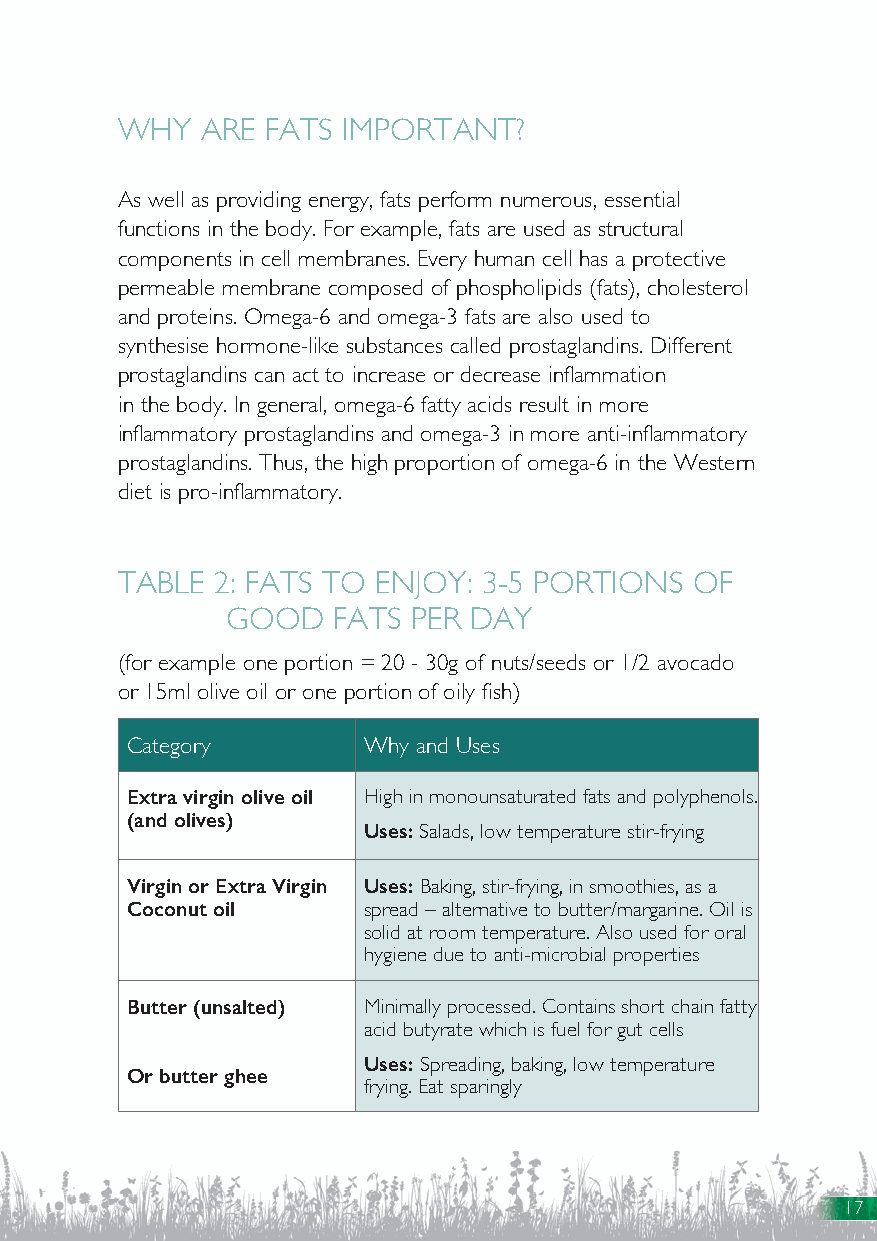
WHY  ARE  FATS IMPORTANT?
 As well as providing energy, fats perform numerous, essential
 functions in the body. For example, fats are used as structural
 components in cell membranes. Every human cell has a protective
 permeable membrane composed of phospholipids (fats), cholesterol
 and proteins. Omega-6 and omega-3 fats are also used to
 synthesise hormone-like substances called prostaglandins. Different
 prostaglandins can act to increase or decrease inflammation
 in the body. In general, omega-6 fatty acids result in more
 inflammatory prostaglandins and omega-3 in more anti-inflammatory
 prostaglandins. Thus, the high proportion of omega-6 in the Western
 diet is pro-inflammatory.
 TABLE 2: FATS TO ENJOY: 3-5 PORTIONS  OF
 GOOD   FATS PER DAY
 (for example one portion = 20 - 30g of nuts/seeds or 1/2 avocado
 or 15ml olive oil or one portion of oily fish)
 Category        Why and Uses
 Extra virgin olive oil High in monounsaturated fats and polyphenols.
 (and olives)
 Uses: Salads, low temperature stir-frying
 Virgin or Extra Virgin Uses: Baking, stir-frying, in smoothies, as a
 Coconut oil     spread – alternative to butter/margarine. Oil is
 solid at room temperature. Also used for oral
 hygiene due to anti-microbial properties
 Butter (unsalted) Minimally processed. Contains short chain fatty
 acid butyrate which is fuel for gut cells
 Uses: Spreading, baking, low temperature
 Or butter ghee
 frying. Eat sparingly
 17